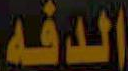
الدفه